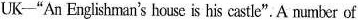
UK—"An Englishman's house is his castle".A number of